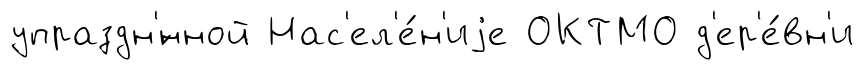
упраздн'́нной Нас'ел'е́н'иjе ОКТМО д'ер'е́вн'и